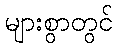
များစွာတွင်